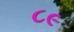
૮૯